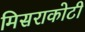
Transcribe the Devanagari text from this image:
मिसराकोटी